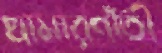
খামারগাঁতী